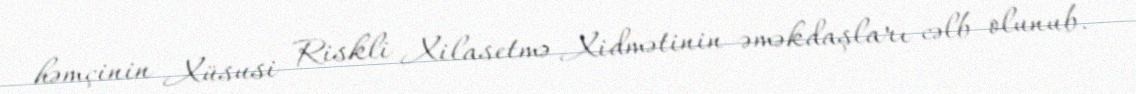
həmçinin Xüsusi Riskli Xilasetmə Xidmətinin əməkdaşları cəlb olunub.